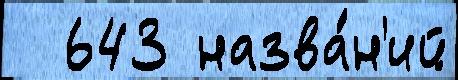
  643 назва́н'ий